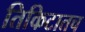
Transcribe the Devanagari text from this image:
तिकिटातच